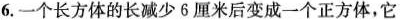
6.一个长方体的长减少6厘米后变成一个正方体，它